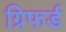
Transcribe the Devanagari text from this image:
ग्रिफर्ड